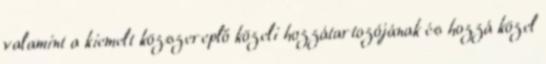
valamint a kiemelt közszereplő közeli hozzátartozójának és hozzá közel